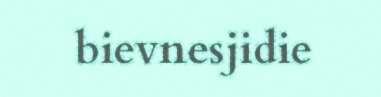
bievnesjidie